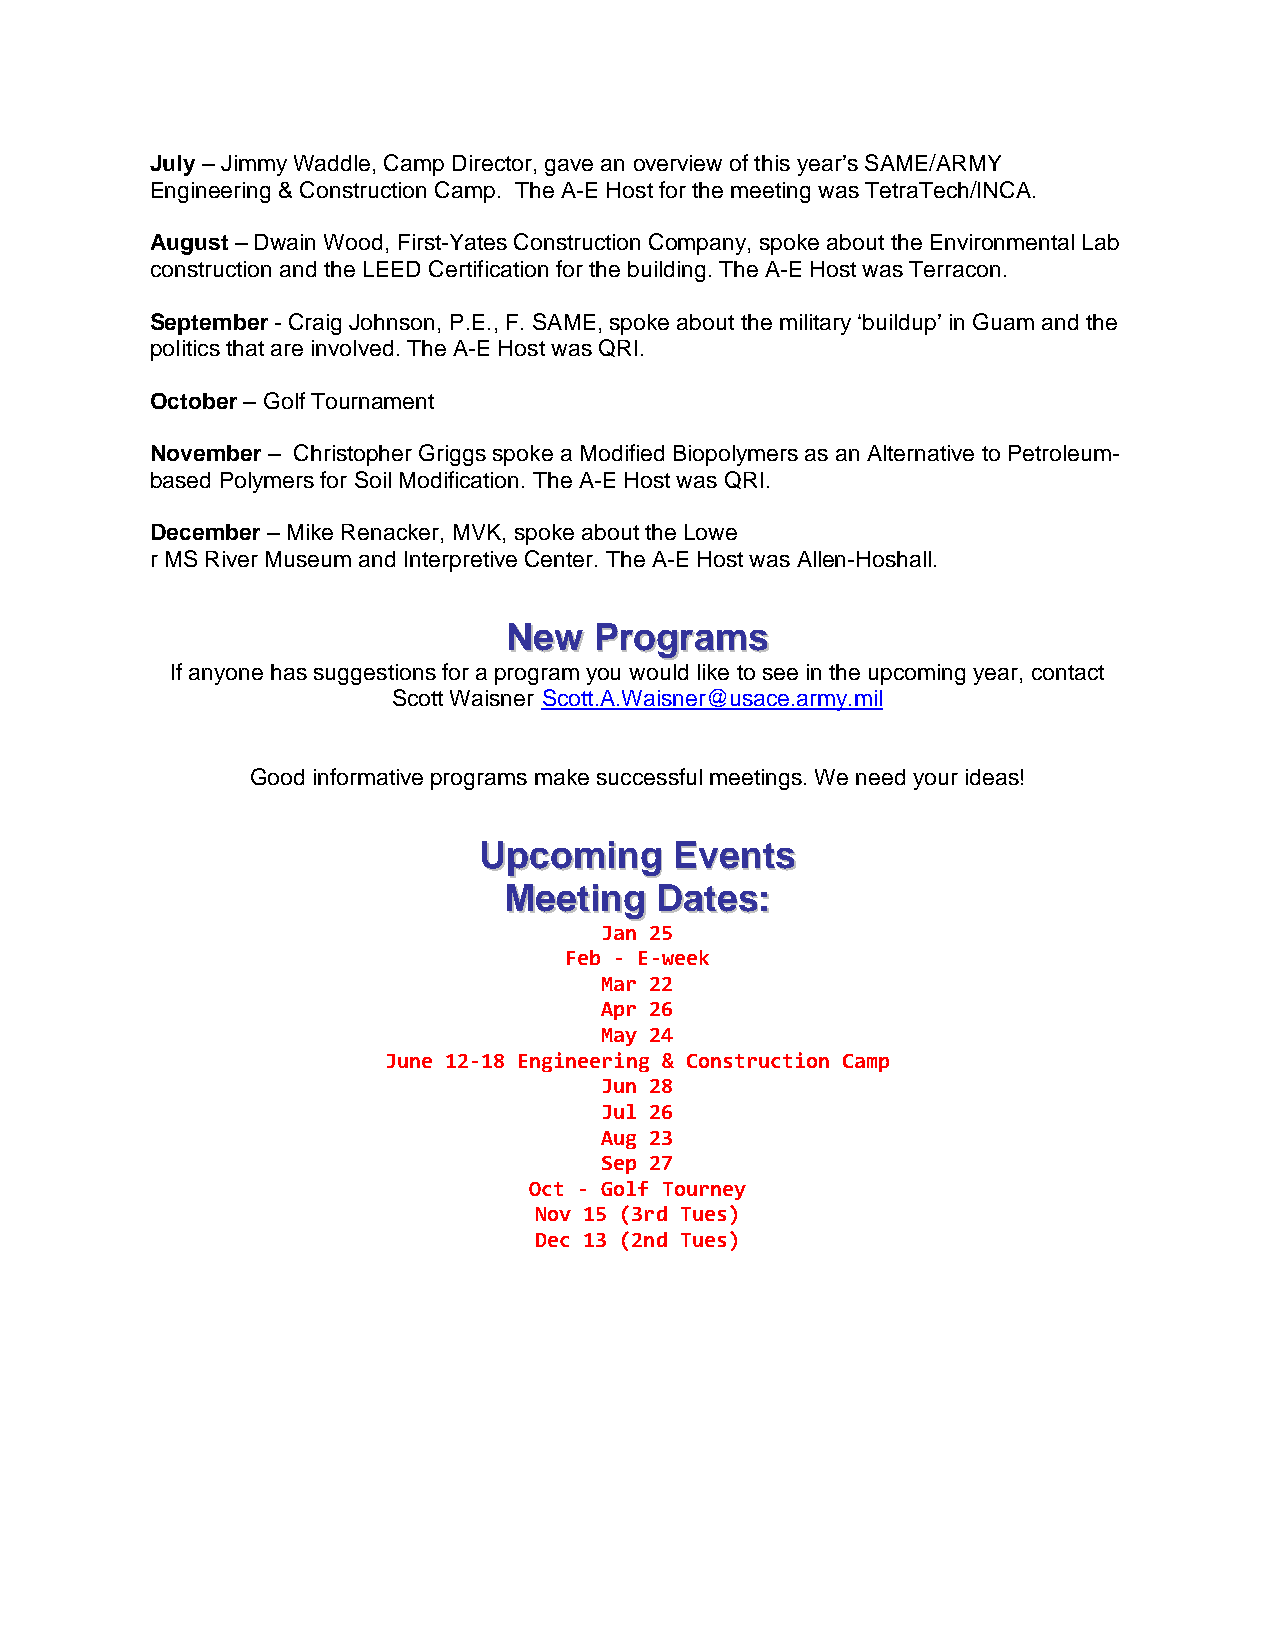
July – Jimmy Waddle, Camp Director, gave an overview of this year’s SAME/ARMY
 Engineering & Construction Camp. The A-E Host for the meeting was TetraTech/INCA.
 August – Dwain Wood, First-Yates Construction Company, spoke about the Environmental Lab
 construction and the LEED Certification for the building. The A-E Host was Terracon.
 September - Craig Johnson, P.E., F. SAME, spoke about the military ‘buildup’ in Guam and the
 politics that are involved. The A-E Host was QRI.
 October – Golf Tournament
 November – Christopher Griggs spoke a Modified Biopolymers as an Alternative to Petroleum-
 based Polymers for Soil Modification. The A-E Host was QRI.
 December – Mike Renacker, MVK, spoke about the Lowe
 r MS River Museum and Interpretive Center. The A-E Host was Allen-Hoshall.
 NNeeww PPrrooggrraammss
 If anyone has suggestions for a program you would like to see in the upcoming year, contact
 Scott Waisner Scott.A.Waisner@usace.army.mil
 Good informative programs make successful meetings. We need your ideas!
 UUppccoommiinngg EEvveennttss
 MMeeeettiinngg DDaatteess::
 Jan 25
 Feb ‐ E‐week
 Mar 22
 Apr 26
 May 24
 June 12‐18 Engineering & Construction Camp
 Jun 28
 Jul 26
 Aug 23
 Sep 27
 Oct ‐ Golf Tourney
 Nov 15 (3rd Tues)
 Dec 13 (2nd Tues)